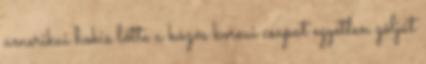
amerikai hokis lőtte a közös koreai csapat egyetlen gólját